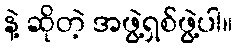
နဲ့ ဆိုတဲ့ အဖွဲ့ရှစ်ဖွဲ့ပါ။